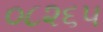
૦૮૨૬૫